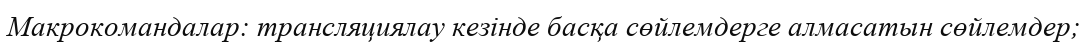
Макрокомандалар: трансляциялау кезінде басқа сөйлемдерге алмасатын сөйлемдер;